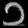
Digit: ၁